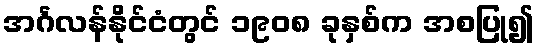
အင်္ဂလန်နိုင်ငံတွင် ၁၉၀၈ ခုနှစ်က အစပြု၍